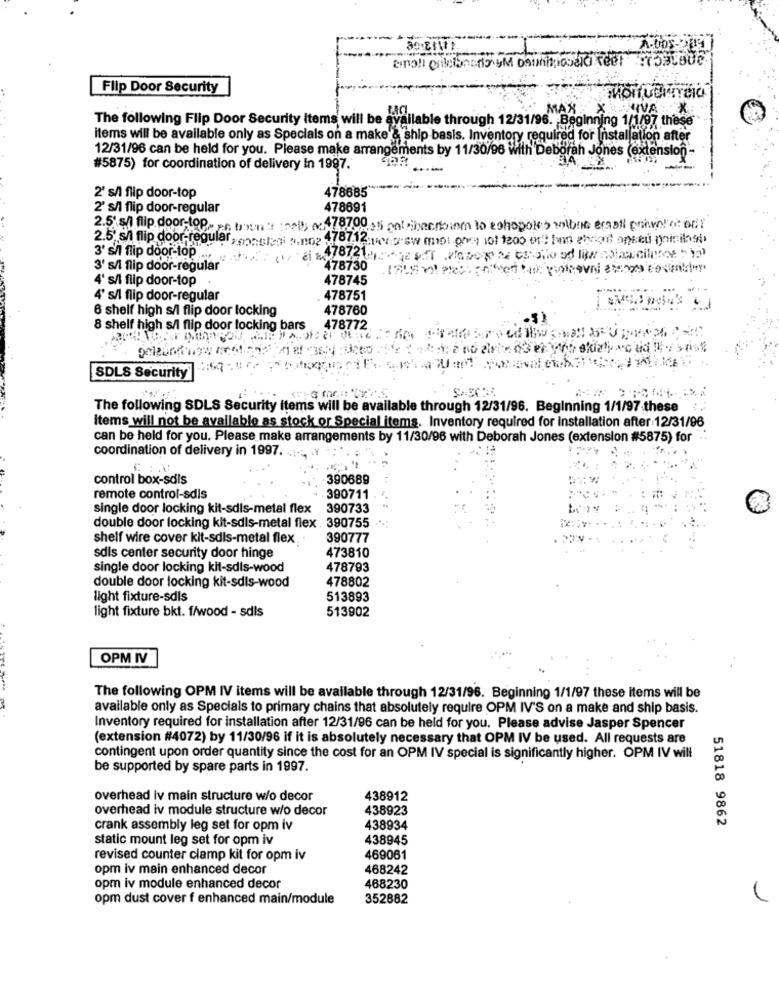
Flip Door Security
MAX
NIVA
The following Flip Door Security Items will be
vailable through 12/31/96. Beginning 1/1/97 these
items will be available only as Specials on a make'& ship basis. Inventory required for Installation after
12/31/96 can be held for you. Please make arrangements by 11/30/96 with Deborah Jones (extension"
#5875) for coordination of delivery in 1997.
478685
2' s/l flip door-top
2' s/l flip door-regular
478691
2.5 s/ flip door-top. p. bon :: : 5 478700 os polpibarbiem to echopotes volba emall print at our
2.5' s/ flip door-regular,monster 47 2 w mo oo not too mit In csot oseu poinils
3' s/ flip door-top ....
3' s/l flip door-regular
Cr cl 4 78730
4' s/l flip door-top
478745
4' s/l flip door-regular
478751
6 shelf high s/l flip door locking
478760
8 shelf high s/l flip door locking bars 478772
SDLS Security
The following SDLS Security items will be available through 12/31/96. Beginning 1/1/97-these
Items will not be available as stock or Special items. Inventory required for installation after:12/31/96
can be held for you. Please make arrangements by 11/30/96 with Deborah Jones (extension #5875) for
coordination of delivery in 1997. .... . Y
control box-sdis
390689
remote control-sdis
390711
single door locking kit-sdis-metal flex
390733
double door locking kit-sdis-metal flex . 390755 ···:
shelf wire cover kit-sdis-metal flex
390777
473810
sdis center security door hinge
single door locking kit-sdis-wood
478793
double door locking kit-sdis-wood
478802
light fixture-sdis
513893
513902
light fixture bkt. f/wood - sdis
OPM IV
The following OPM IV items will be available through 12/31/96. Beginning 1/1/97 these items will be
available only as Specials to primary chains that absolutely require OPM IV'S on a make and ship basis.
Inventory required for installation after 12/31/96 can be held for you. Please advise Jasper Spencer
(extension #4072) by 11/30/96 if it is absolutely necessary that OPM IV be used. All requests are
contingent upon order quantity since the cost for an OPM IV special is significantly higher. OPM IV will
be supported by spare parts in 1997.
overhead iv main structure w/o decor
438912
overhead iv module structure w/o decor
438923
51818 9862
crank assembly leg set for opm iv
438934
static mount leg set for opm iv
438945
revised counter clamp kit for opm iv
469061
opm iv main enhanced decor
468242
opm iv module enhanced decor
468230
opm dust cover f enhanced main/module
352882
1